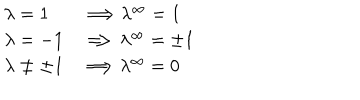
\begin{array} { l l l } { { \lambda = 1 \Longrightarrow \lambda ^ { \infty } = 1 } } \\ { { \lambda = - 1 \Longrightarrow \lambda ^ { \infty } = \pm 1 } } \\ { { \lambda \ne \pm 1 \Longrightarrow \lambda ^ { \infty } = 0 } } \\ \end{array}